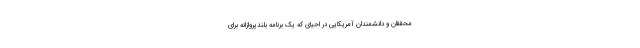
محققان و دانشمندان آمریکایی در احیای که یک برنامه بلندپروازانه برای